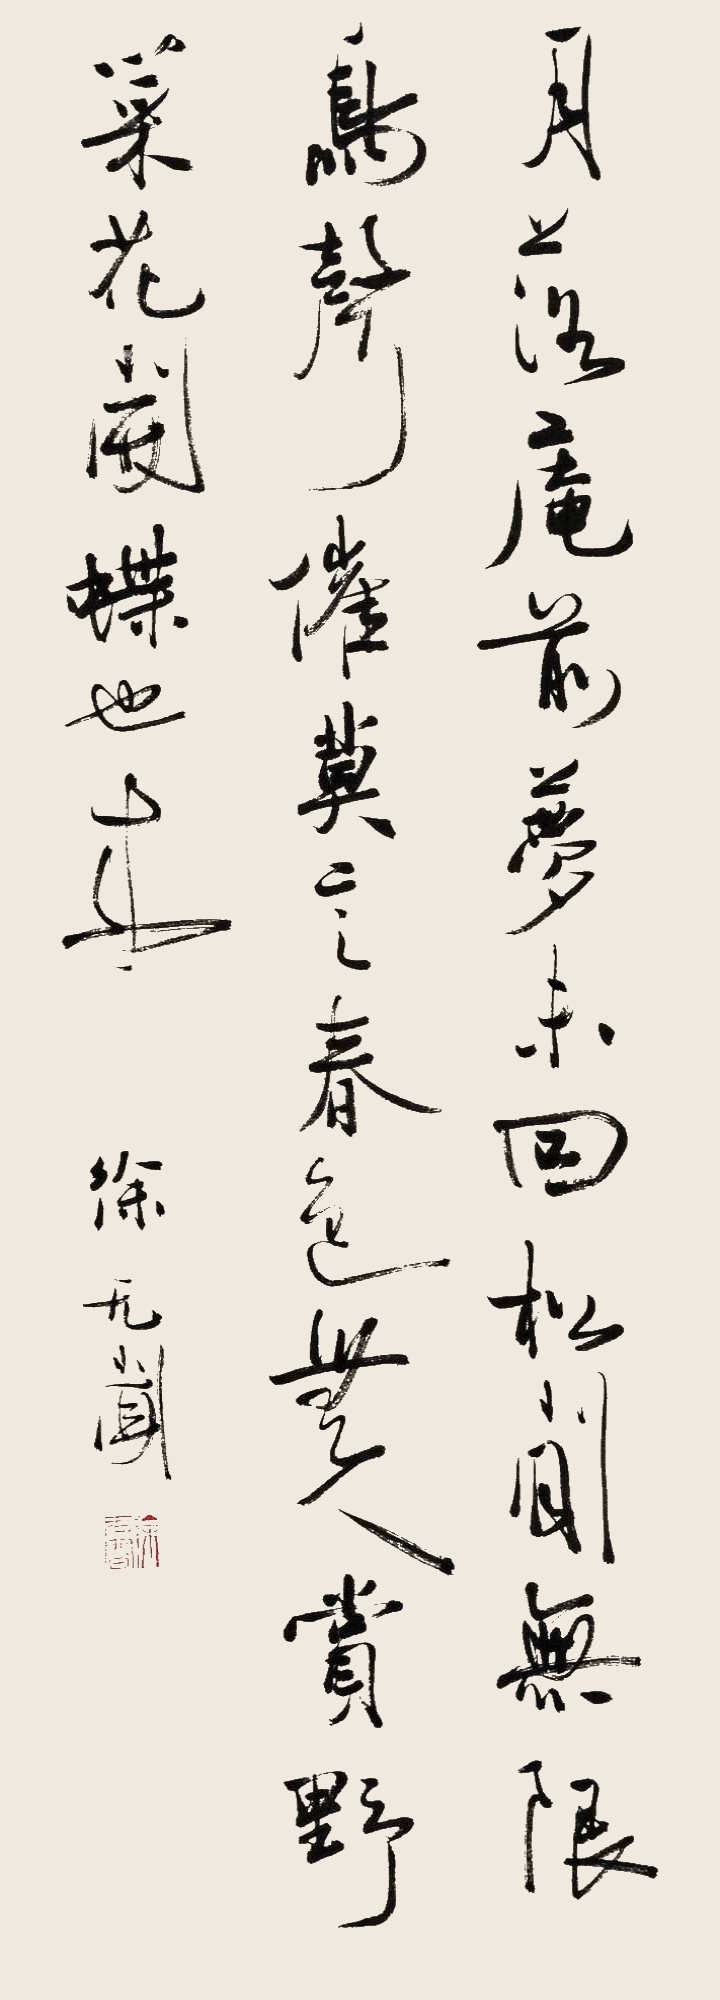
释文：月落庵前梦未回，松间无限鸟声催。莫言春色无人赏，野菜花开蝶也来。徐无闻。